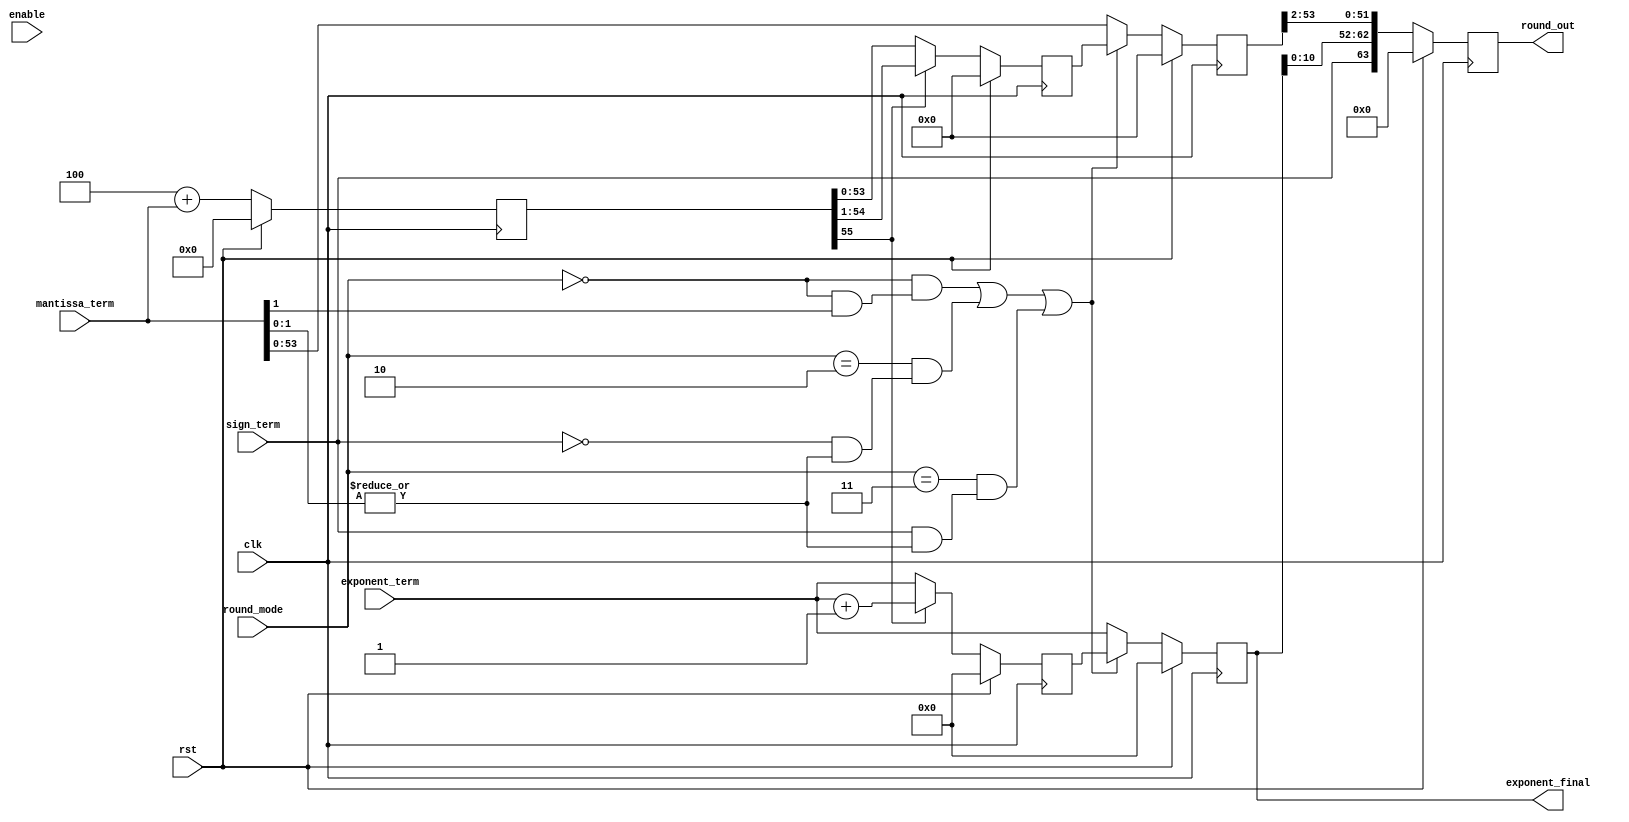
module fpu_round( clk, rst, enable, round_mode, sign_term, 
mantissa_term, exponent_term, round_out, exponent_final);
input		clk;
input		rst;
input		enable;
input	[1:0]	round_mode;
input		sign_term;
input	[55:0]	mantissa_term;
input	[11:0]	exponent_term;
output	[63:0]	round_out;
output	[11:0]	exponent_final;

wire	[55:0] rounding_amount = { 53'b0, 1'b1, 2'b0};
wire	round_nearest = (round_mode == 2'b00);
wire	round_to_zero = (round_mode == 2'b01);
wire	round_to_pos_inf = (round_mode == 2'b10);
wire	round_to_neg_inf = (round_mode == 2'b11);
wire 	round_nearest_trigger = round_nearest &  mantissa_term[1]; 
wire	round_to_pos_inf_trigger = !sign_term & |mantissa_term[1:0]; 
wire	round_to_neg_inf_trigger = sign_term & |mantissa_term[1:0];
wire 	round_trigger = ( round_nearest & round_nearest_trigger)
						| (round_to_pos_inf & round_to_pos_inf_trigger) 
						| (round_to_neg_inf & round_to_neg_inf_trigger);


reg	  [55:0] sum_round;
wire	sum_round_overflow = sum_round[55]; 
	// will be 0 if no carry, 1 if overflow from the rounding unit
	// overflow from rounding is extremely rare, but possible
reg	  [55:0] sum_round_2;
reg   [11:0] exponent_round;
reg	  [55:0] sum_final; 
reg   [11:0] exponent_final;
reg   [63:0] round_out;

always @(posedge clk) 
	begin
		if (rst) begin
			sum_round <= 0;
			sum_round_2 <= 0;
			exponent_round <= 0;
			sum_final <= 0; 
			exponent_final <= 0;
			round_out <= 0;
		end
		else begin
			sum_round <= rounding_amount + mantissa_term;
			sum_round_2 <= sum_round_overflow ? sum_round >> 1 : sum_round;
			exponent_round <= sum_round_overflow ? (exponent_term + 1) : exponent_term;
			sum_final <= round_trigger ? sum_round_2 : mantissa_term; 
			exponent_final <= round_trigger ? exponent_round : exponent_term;
			round_out <= { sign_term, exponent_final[10:0], sum_final[53:2] };
			end
	end
endmodule